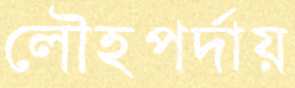
লৌহপর্দায়